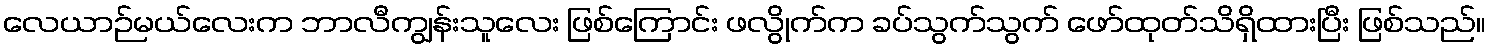
လေယာဉ်မယ်လေးက ဘာလီကျွန်းသူလေး ဖြစ်ကြောင်း ဖလွိုက်က ခပ်သွက်သွက် ဖော်ထုတ်သိရှိထားပြီး ဖြစ်သည်။